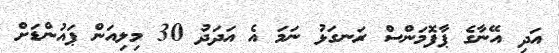
އަދި އޭނާގެ ޕާފޮމަންސް ރަނގަޅު ނަމަ އެ އަދަދު 30 މިލިއަން ޕައުންޑަށް